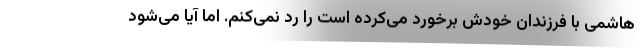
هاشمی با فرزندان خودش برخورد می‌کرده است را رد نمی‌کنم. اما آیا می‌شود